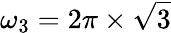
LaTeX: \omega_{3}=2\pi\times\sqrt{3}